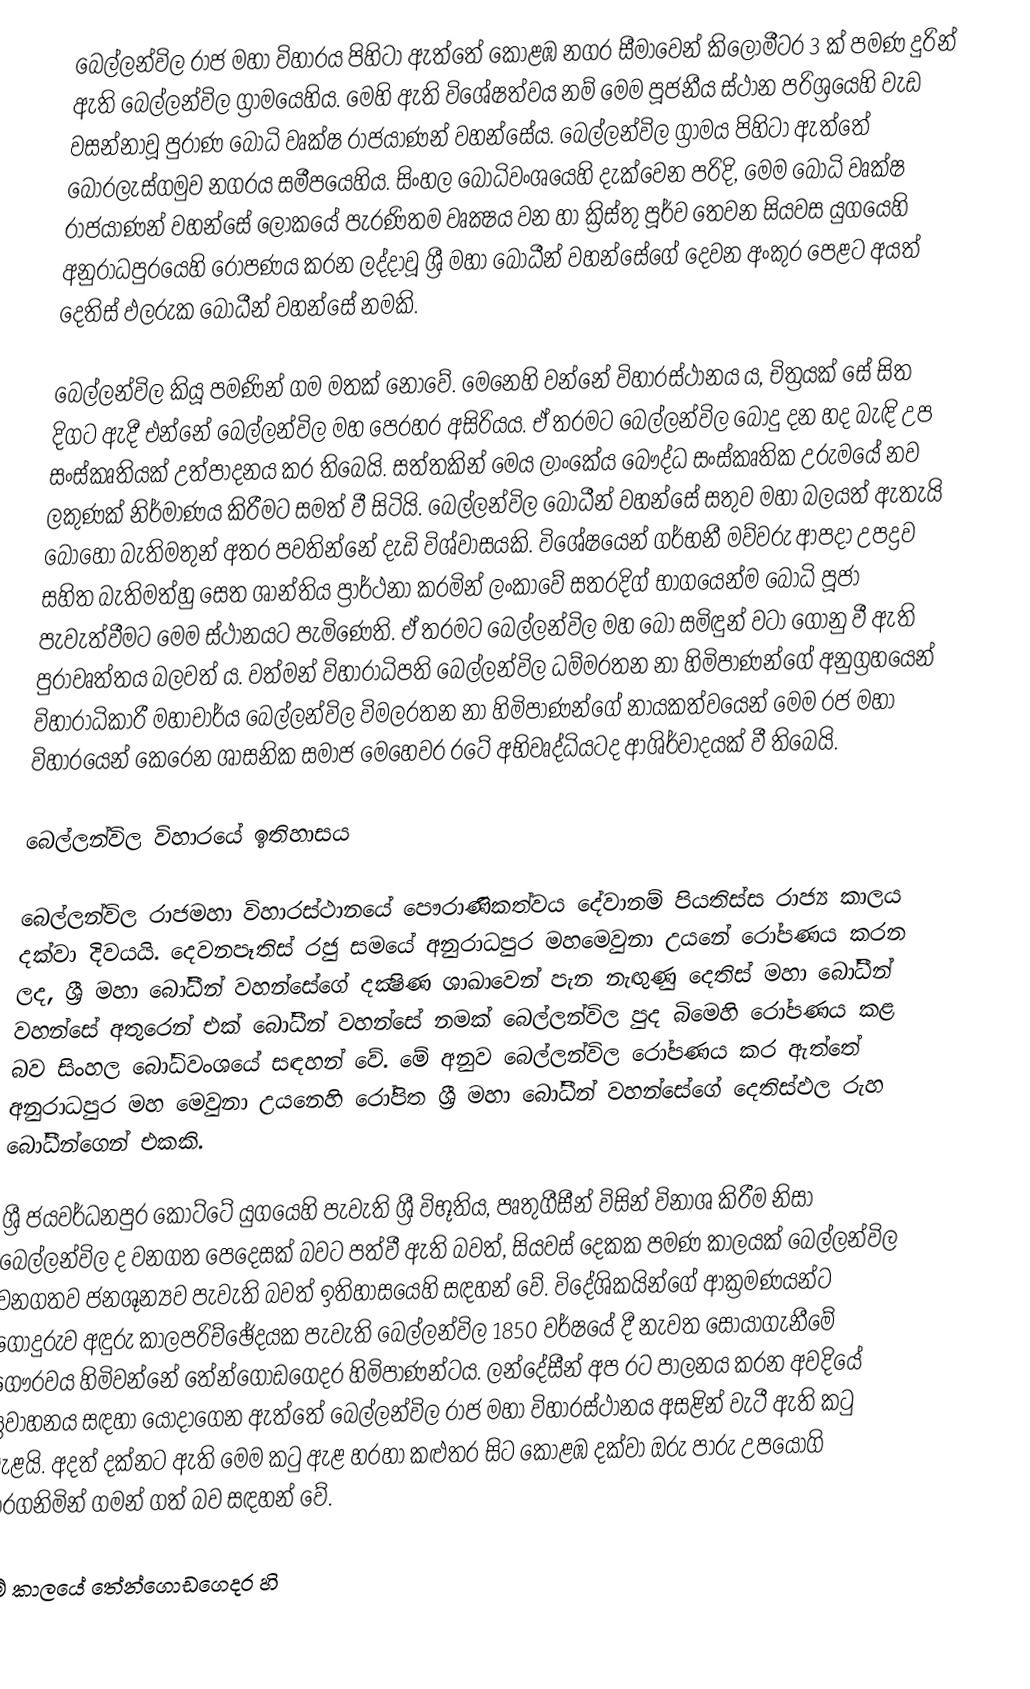
බෙල්ලන්විල රාජ මහා විහාරය  පිහිටා ඇත්තේ කොළඹ නගර සීමාවෙන් කිලෝමීටර 3 ක් පමණ දුරින් ඇති  බෙල්ලන්විල  ග්‍රාමයෙහිය. මෙහි ඇති විශේෂත්වය නම් මෙම පූජනීය ස්ථාන පරිශ්‍රයෙහි වැඩ වසන්නාවූ  පුරාණ බෝධි වෘක්ෂ රාජයාණන් වහන්සේය.   බෙල්ලන්විල ග්‍රාමය පිහිටා ඇත්තේ බොරලැස්ගමුව නගරය සමීපයෙහිය. සිංහල බෝධිවංශයෙහි දැක්වෙන පරිදි, මෙම බෝධි වෘක්ෂ රාජයාණන් වහන්සේ  ලෝකයේ පැරණිතම වෘක්‍ෂය වන හා ක්‍රිස්තු පූර්ව තෙවන සියව‍ස යුගයෙහි  අනුරාධපුරයෙහි රෝපණය කරන ලද්දාවූ  ශ්‍රී මහා බෝධීන් වහන්සේගේ දෙවන අංකුර පෙළට අයත් දෙතිස් ඵලරුක බෝධීන් වහන්සේ නමකි.

බෙල්ලන්විල කියූ පමණින් ගම මතක් නොවේ. මෙනෙහි වන්නේ විහාරස්ථානය ය, චිත්‍රයක් සේ සිත දිගට ඇදී එන්නේ බෙල්ලන්විල මහ පෙරහර අසිරියය. ඒ තරමට බෙල්ලන්විල බොදු දන හද බැඳි උප සංස්කෘතියක් උත්පාදනය කර තිබෙයි. සත්තකින් මෙය ලාංකේය බෞද්ධ සංස්කෘතික උරුමයේ නව ලකුණක් නිර්මාණය කිරීමට සමත් වී සිටියි. බෙල්ලන්විල බෝධීන් වහන්සේ සතුව මහා බලයත් ඇතැයි බොහෝ බැතිමතුන් අතර පවතින්නේ දැඩි විශ්වාසයකි. විශේෂයෙන් ගර්භනී මව්වරු ආපදා උපද්‍රව සහිත බැතිමත්හු සෙත ශාන්තිය ප්‍රාර්ථනා කරමින් ලංකාවේ සතරදිග් භාගයෙන්ම බෝධි පූජා පැවැත්වීමට මෙම ස්ථානයට පැමිණෙති. ඒ තරමට බෙල්ලන්විල මහ බෝ සමිඳුන් වටා ගොනු වී ඇති පුරාවෘත්තය බලවත් ය. වත්මන් විහාරාධිපති බෙල්ලන්විල ධම්මරතන නා හිමිපාණන්ගේ අනුග්‍රහයෙන් විහාරාධිකාරී මහාචාර්ය බෙල්ලන්විල විමලරතන නා හිමිපාණන්ගේ නායකත්වයෙන් මෙම රජ මහා විහාරයෙන් කෙරෙන ශාසනික සමාජ මෙහෙවර රටේ අභිවෘද්ධියටද ආශිර්වාදයක් වී තිබෙයි.

බෙල්ලන්විල විහාරයේ ඉතිහාසය

බෙල්ලන්විල රාජමහා විහාරස්ථානයේ පෞරාණිකත්වය දේවානම් පියතිස්ස රාජ්‍ය කාලය දක්වා දිවයයි. දෙවනපෑතිස් රජු සමයේ අනුරාධපුර මහමෙවුනා උයනේ රෝපණය කරන ලද, ශ්‍රී මහා බෝධීන් වහන්සේගේ දක්‍ෂිණ ශාඛාවෙන් පැන නැඟුණු දෙතිස් මහා බෝධීන් වහන්සේ අතුරෙන් එක් බෝධීන් වහන්සේ නමක් බෙල්ලන්විල පුද බිමෙහි රෝපණය කළ බව සිංහල බෝධිවංශයේ සඳහන් වේ. මේ අනුව බෙල්ලන්විල රෝපණය කර ඇත්තේ අනුරාධපුර මහ මෙවුනා උයනෙහි රෝපිත ශ්‍රී මහා බෝධීන් වහන්සේගේ දෙතිස්ඵල රුහ බෝධීන්ගෙන් එකකි.

ශ්‍රී ජයවර්ධනපුර කෝට්ටේ යුගයෙහි පැවැති ශ්‍රී විභූතිය, පෘතුගීසීන් විසින් විනාශ කිරීම නිසා බෙල්ලන්විල ද වනගත පෙදෙසක් බවට පත්වී ඇති බවත්, සියවස් දෙකක පමණ කාලයක් බෙල්ලන්විල වනගතව ජනශූන්‍යව පැවැති බවත් ඉතිහාසයෙහි සඳහන් වේ. විදේශිකයින්ගේ ආක්‍රමණයන්ට ගොදුරුව අඳුරු කාලපරිච්ඡේදයක පැවැති බෙල්ලන්විල 1850 වර්ෂයේ දී නැවත සොයාගැනීමේ ගෞරවය හිමිවන්නේ තේන්ගොඩගෙදර හිමිපාණන්ටය. ලන්දේසීන් අප රට පාලනය කරන අවදියේ ප්‍රවාහනය සඳහා යොදාගෙන ඇත්තේ බෙල්ලන්විල රාජ මහා විහාරස්ථානය අසළින් වැටී ඇති කටු ඇළයි. අදත් දක්නට ඇති මෙම කටු ඇළ හරහා කළුතර සිට කොළඹ දක්වා ඔරු පාරු උපයෝගි කරගනිමින් ගමන් ගත් බව සඳහන් වේ.

මේ කාලයේ තේන්ගොඩගෙදර හි